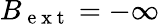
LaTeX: B_{\mathrm{~e~x~t~}}=-\infty